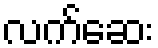
လက်ဆေး